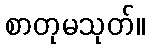
စာတုမသုတ်။